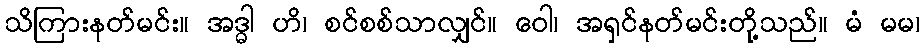
သိကြားနတ်မင်း။ အဒ္ဓါ ဟိ၊ စင်စစ်သာလျှင်။ ဝေါ၊ အရှင်နတ်မင်းတို့သည်။ မံ မမ၊